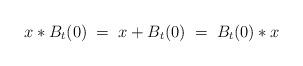
LaTeX: \begin{align*}x*B_t(0)\;=\; x+B_t(0)\;=\; B_t(0)*x\end{align*}